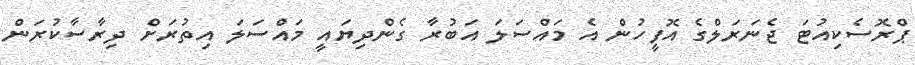
ޕްރޮސެކިއުޓަ ޖެނަރަލްގެ އޮފީހުން އެ މައްސަލަ އަބުރާ ގެންދިޔައީ މައްސަލަ އިތުރަށް ދިރާސާކުރަން